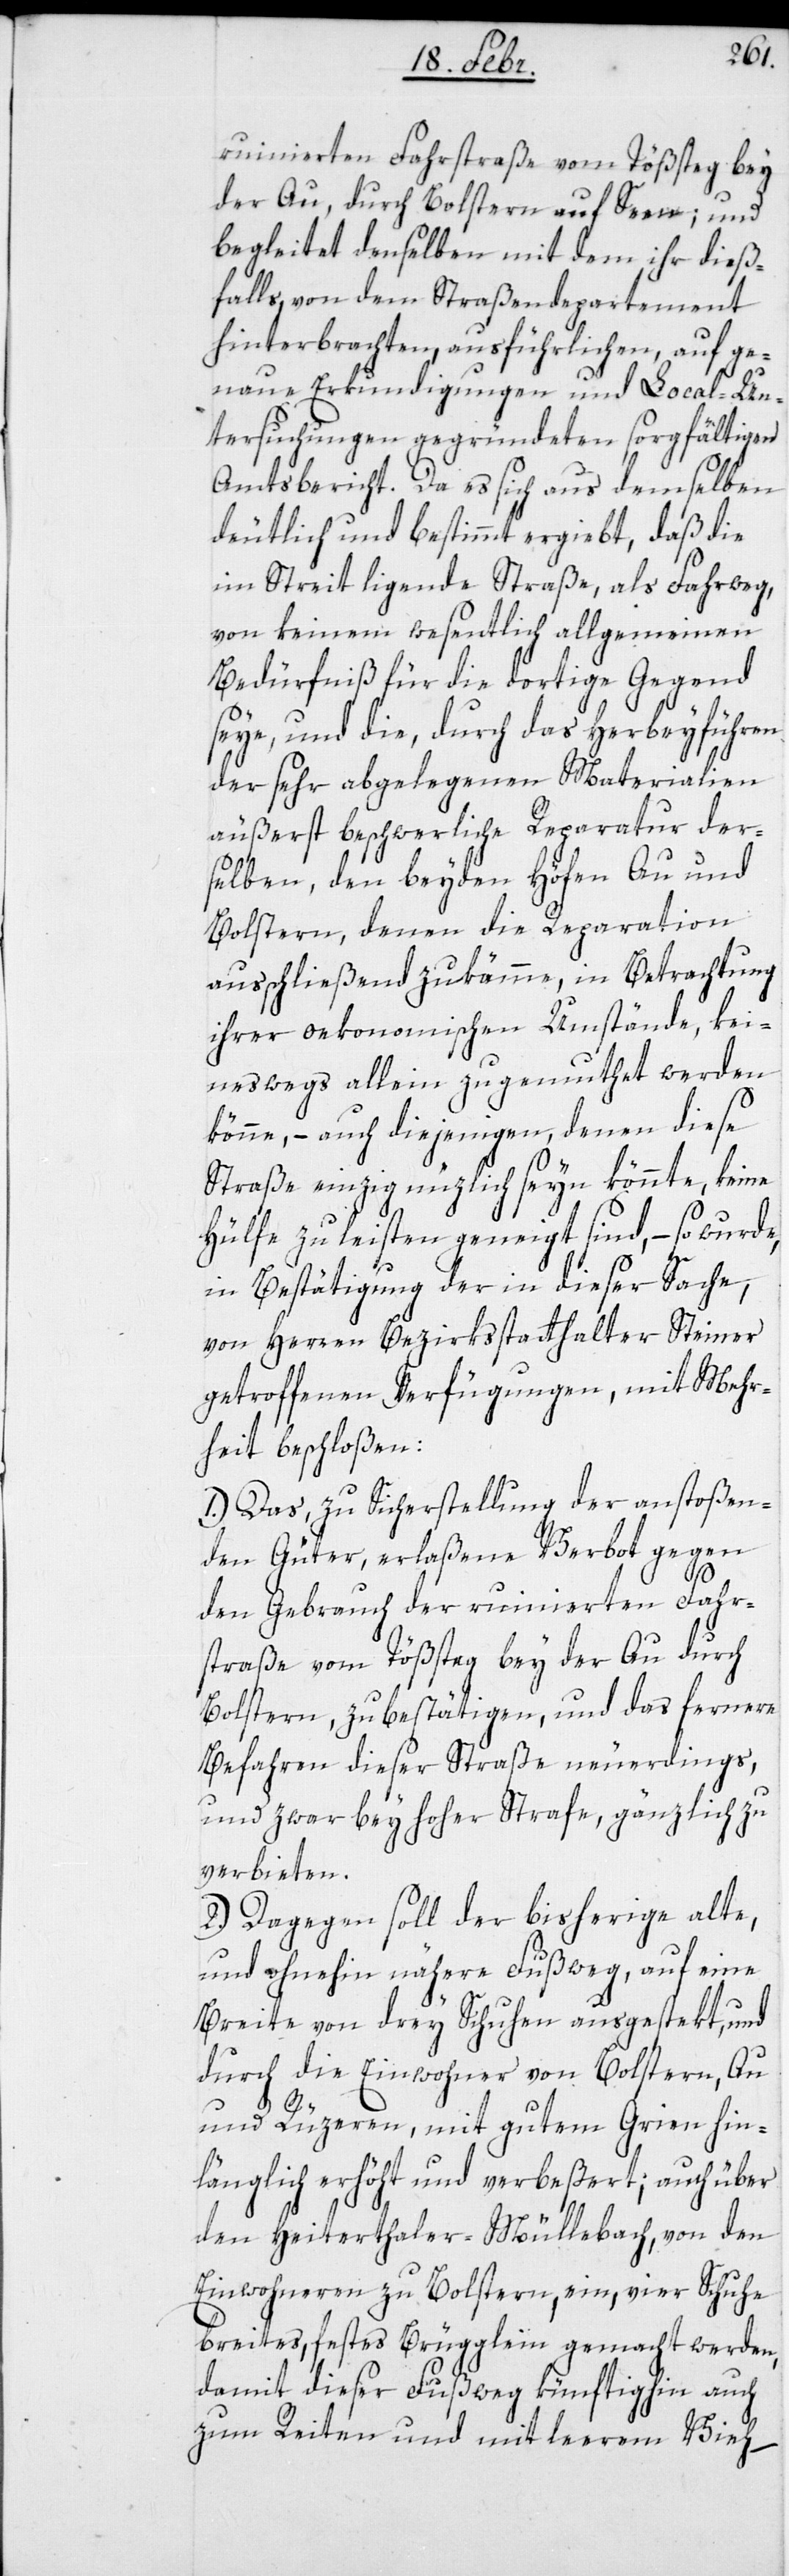
ruinierten Fahrstraße vom Töß-Steg bey
der Au, durch Bolstern auf Seen; und
begleitet denselben mit dem ihr dieß¬
falls von dem Straßendepartement
hinterbrachten, ausführlichen, auf ge¬
naue Erkundigungen und Local-Un¬
tersuchungen gegründeten sorgfältigen
Amtsbericht. Da es sich aus demselben
deutlich und bestimmt ergiebt, daß die
im Streit liegende Straße, als Fahrweg
von keinem wesentlich allgemeinen
Bedürfniß für die dortige Gegend
seye, und die, durch das Herbeyführen
der sehr abgelegenen Materialien,
äußerst beschwerliche Reparatur der¬
selben, den beyden Höfen Au und
Bolstern, denen die Reparation
ausschließend zukämme, in Betrachtung
ihrer oekonomischen Umstände, kei¬
neswegs allein zugemuthet werden
könne, – auch diejenigen, denen diese
Straße einzig nüzlich seyn könnte, keine
Hülfe zu leisten geneigt sind, – so wurde,
in Bestätigung der in dieser Sache,
von Herren Bezirksstatthalter Steiner
getroffenen Verfügungen, mit Mehr¬
heit beschloßen:
1.) Das, zu Sicherstellung der anstoßen¬
den Güter, erlaßende Verbot gegen
den Gebrauch der ruinierten Fahr¬
straße vom Tößsteg bey der Au durch
Bolstern, zu bestätigen, und das fernere
Befahren dieser Straße neuerdings,
und zwar bey hoher Strafe, gänzlich zu
verbieten.
2.) Dagegen soll der bisherige alte,
und ohnehin nähere Fußweg, auf eine
Breite von drey Schuhen ausgestekt, und
durch die Einwohner von Bolstern, Au
und Rüzeren, mit gutem Grien hin¬
länglich erhöht und verbeßert; auch über
den Heiterthaler-Müllebach, von den
Einwohneren zu Bolstern, ein, vier Schuhe
breites, festes Brügglein gemacht werden,
damit dieser Fußweg künftighin auch
zum Reiten und mit leerem Vieh